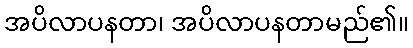
အပိလာပနတာ၊ အပိလာပနတာမည်၏။